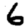
Digit: 6